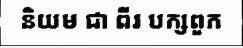
និយម ជា ពីរ បក្សពួក